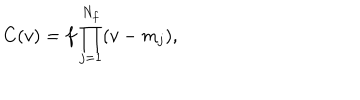
C ( v ) = f \prod _ { j = 1 } ^ { N _ { f } } ( v - m _ { j } ) ,